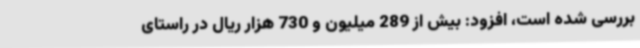
بررسی شده است، افزود: بیش از 289 میلیون و 730 هزار ریال در راستای